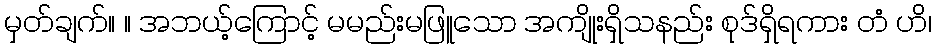
မှတ်ချက်။ ။ အဘယ့်ကြောင့် မမည်းမဖြူသော အကျိုးရှိသနည်း စုဒ်ရှိရကား တံ ဟိ၊